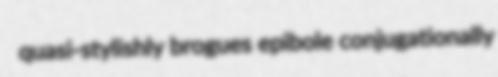
quasi-stylishly brogues epibole conjugationally